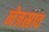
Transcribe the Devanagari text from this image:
नेत्रस्राव